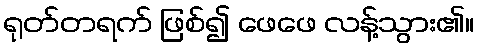
ရုတ်တရက် ဖြစ်၍ ဖေဖေ လန့်သွား၏။